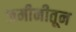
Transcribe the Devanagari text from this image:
जमीनीतून